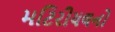
મટિરીયલનો